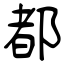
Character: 都